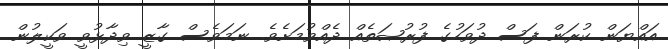
އައްޔަން ކުރަން ފަސް ދުވަހުގެ ފުރުޞަތެއް ދެއްވުމަށެވެ. ނަމަވެސް ގާޒީ ވިދާޅުވީ ވަކީލުން